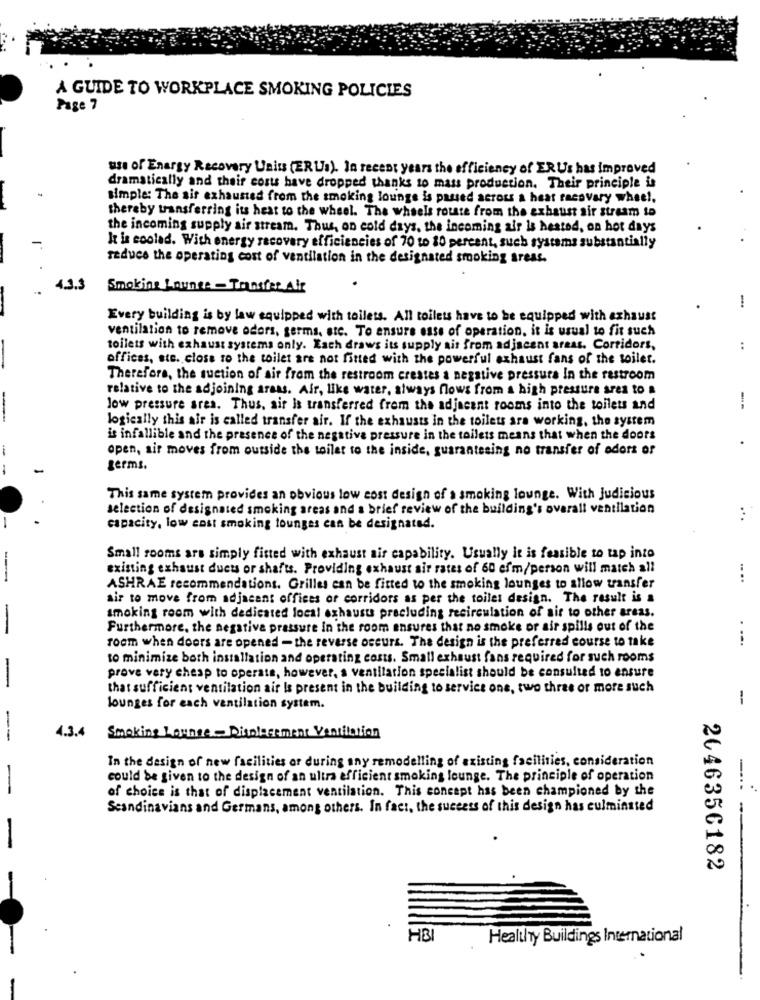
A GUIDE TO WORKPLACE SMOKING POLICIES
Page 7
use of Energy Recovery Units (ER Us). In recent years the efficiency of ERUs has improved
dramatically and their costs have dropped thanks to mass production. Their principle is
simple: The air exhausted from the smoking lounge is passed across a heat racovary wheel,
thereby transferring its heat to the wheel. The wheels rotate from the exhaust air stream to
the incoming supply air stream. Thus, on cold days, the incoming air is heated, on hot days
It is coolad. With energy recovery efficiencies of 70 to 80 percent, such systems substantially
reduce the operating cost of ventilation in the designated smoking areas.
3.3
Smoking Lounge - Transfer Air
-
Every building is by law equipped with toilets. All toilets have to be equipped with exhaust
ventilation to remove odors, germs, etc. To ensure esse of operation, it is usual to fit such
toilets with exhaust systems only. Each draws its supply ait from adjacent areas. Corridors,
..
offices, ste. close to the toilet are not fitted with the powerful exhaust fans of the toilet.
Therefore, the suction of air from the restroom creates a negative pressurs In the restroom
relative to the adjoining areas. Air, like water, always flows from a high pressure area to a
low pressure area. Thus, air is transferred from the adjacent rooms into the toilets and
logically this air is called transfer air. If the exhausts in the toilets ara working, the system
is infallible and the presence of the negative pressure in the toilets means that when the doors
-
open, sir moves from outside the toilet to the inside, guaranteeing no transfer of odors of
.
-
germs.
This same system provides an obvious low cost design of a smoking lounge. With Judicious
selection of designated smoking areas and a brief review of the building's overall ventilation
...
-
capacity, low cost smoking lounges can be designated.
Small rooms are simply fitted with exhaust air capability. Usually It is feasible to tap into
existing exhaust duets or shafts. Providing exhaust sir rates of 60 efm/person will match all
---
....
ASHRAE recommendations. Grilles can be fitted to the smoking lounges to allow transfer
air to move from adjacent offices of corridors as per the toilet design. The result is a
smoking room with dedicated local exhaust precluding recirculation of air to other areas.
-
Furthermore, the negative prassure In the room ensures that no smoke or air spills out of the
room when doors are opened - the reverse occurs. The design is the preferred course to take
....
to minimize both installation and operating costs. Small exhaust fans required for such rooms
prove very cheap to operate, however, a ventilation specialist should be consulted to ensure
-
that sufficient ventilation air Is present in the building to service one, two three or more such
-
lounges for each ventilation system.
--
4.3.4
Smoking Lounge - Displacement Ventilation
In the design of new facilities or during any remodelling of existing facilities, consideration
-
could be given to the design of an ultra efficient smoking lounge. The principle of operation
-
of choice is that of displacement ventilation. This concept has been championed by the
Scandinavians and Germans, among others. In fact, the success of this design has culminated
2646356182
HB
Healthy Buildings International